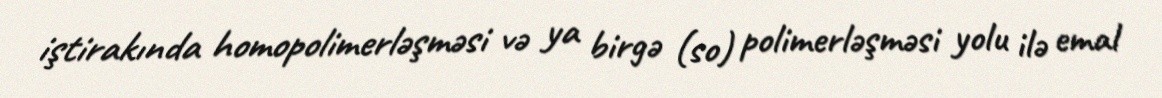
iştirakında homopolimerləşməsi və ya birgə (so) polimerləşməsi yolu ilə emal